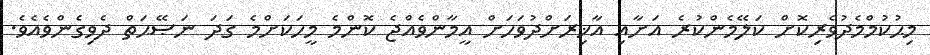
މިޙުކުމްމެދުވެރިކޮށް ކަލޭމެންކުރެ އަށާއި އާޚިރަށްދުވަހަށް އީމާންވެއްޖެ ކޮންމެ މީހަކަށްމެ ގަދަ ނަޞޭޙަތް ދެވިގެންވެއެވެ.